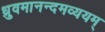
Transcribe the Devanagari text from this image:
ध्रुवमानन्दमव्ययम्